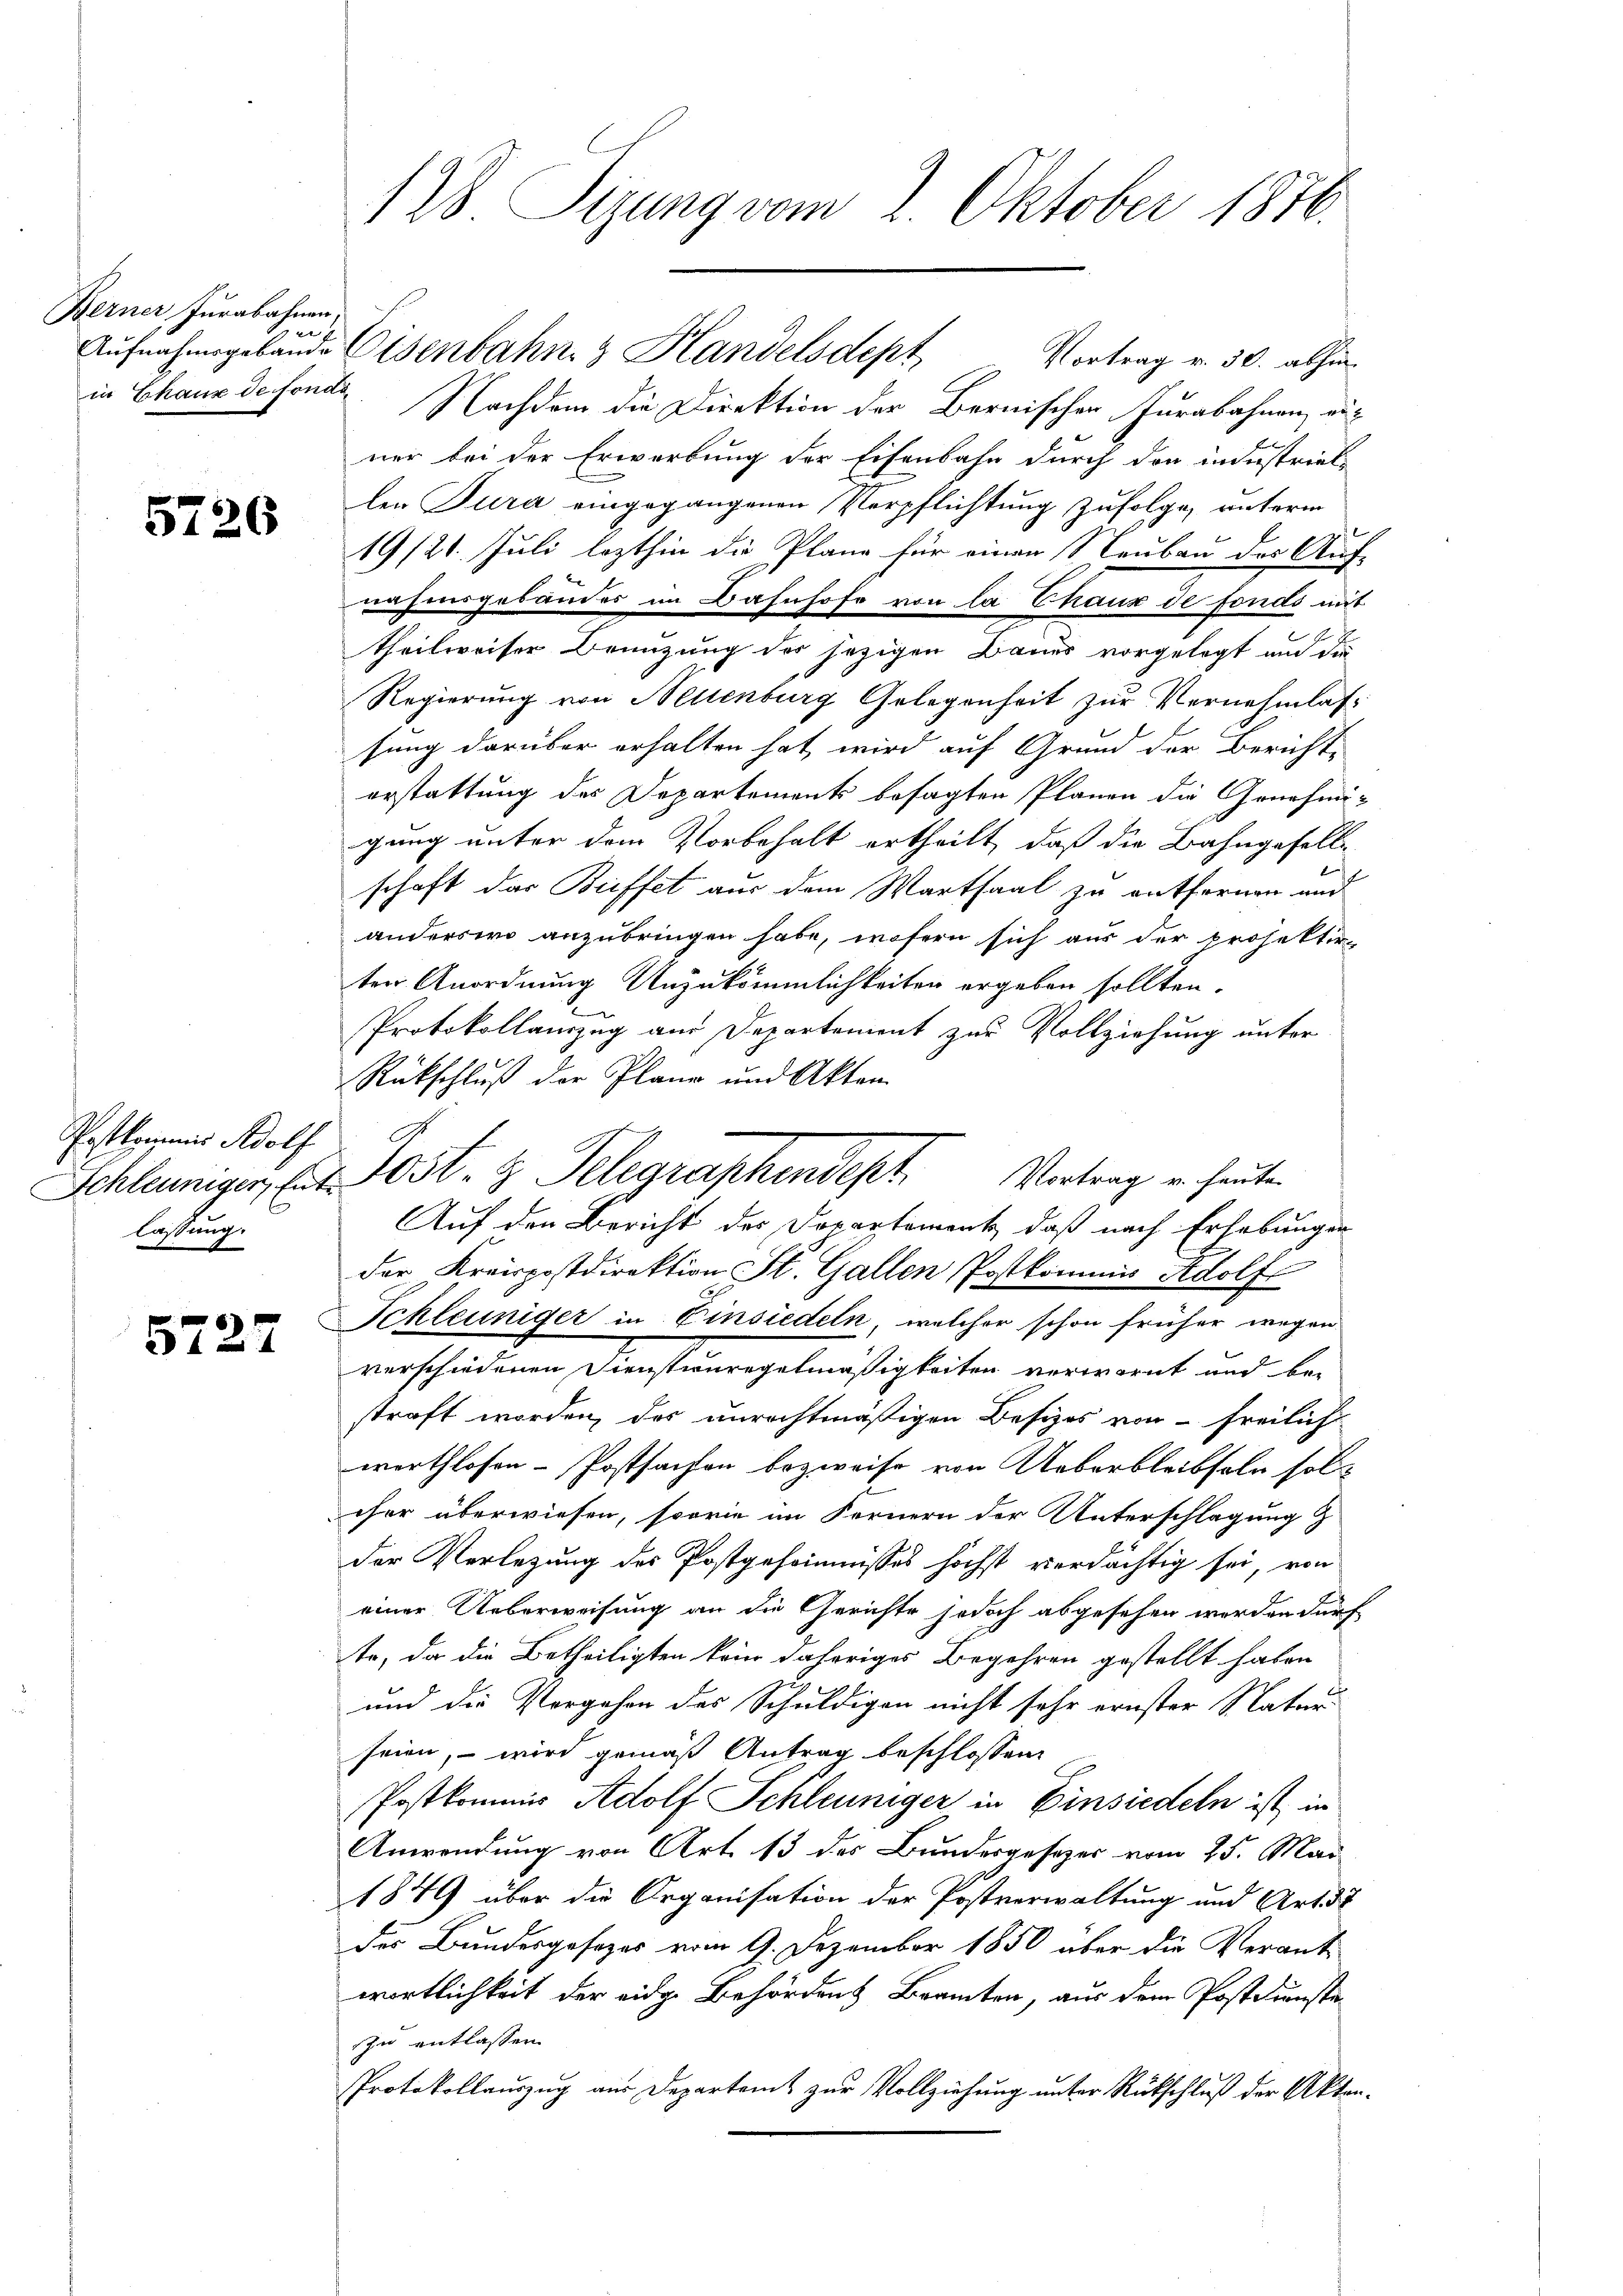
Berner Jurabahnen,
e
Aufnahmsgebäude
in Chaux de fonde

5726

Postkammes Adolf
lassung.

5727

128 Sizung vom 2. Oktober 1876.

Nachdem die Direktion der Bernischen Jurabahnen, einer bei der Erwerbung der Eisenbahn durch den in Instriellen Jura eingegangenen Verpflichtung zufolge, unterm
19/21. Juli lezthin die Pläne für einen Neubau des Auf-
nahmsgebäudes im Bahnhofe von la Thaux de fonds mit
theilweiser Benützung des jezigen Baues vorgelegt und die
Regierung von Neuenburg Gelegenheit zur Vernehmlassung darüber erhalten hat, wird auf Grund der Berichte
erstattung des Departements besagten Plänen die Genehmi-
gung unter dem Vorbehalt ertheilt, daß die Bahngeselle
schaft das Buffet aus dem Wartsaal zu entfernen und
anderswo anzubringen habe, wofern sich aus der Projektir
ten Anordnung Unzukömmlichkeiten ergeben sollten.
Protokollanzug am Departement zur Vollziehung unter
Rückschluß der Plane und Akten
Auf den Bericht der Departement, daß nach Erhebungen
der Kreispostdirektion St. Gallen Postkommnis Adolf
Schleuniger in Einsiedeln, welcher schon früher wegen
verschiedenen Dienstauregelmäßigkeiten verwarnt und bestraft worden, des unrechtmäßigen Besizes von - freilich
werthlosen-Postsachen bezweife von Ueberbleibseln solcher überwiesen, sowie im Fernern der Unterschlagung z
der Verlegung des Postgeheimnisses höchst verdächtig sei, von
einer Ueberweisung an die Gerichte jedoch abgesehen worden dürf
te, da die Betheiligten kein daheriges Begehren gestellt haben
und die Vergehen des Schuldigen nicht sehr ernster Natur
seien, – wird gemäß Antrag beschlossen:
Postkommis Adolf Schleuniger in Einsiedeln ist in
Anwendung von Art. 13 des Bundesgesezer vom 25. Mai
1849 über die Organisation der Postverwaltung und Art. 7
des Bundesgesezes vom 9. Dezember 1850 über die Verantwortlichkeit der eidge Behördens Branten, aus dem Postdunste
zu entlassen.
Protokollauszug aus Departamt zur Vollziehung unter Rückschluß der Akten¬

Schleuniger, E.M. Post- & Telegraphendest. Vertrag u. heuten

Eisenbahn & Handelsdept Vortrag v. 30. abhin